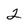
Character: 2